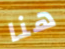
هنا